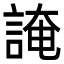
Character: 䛳